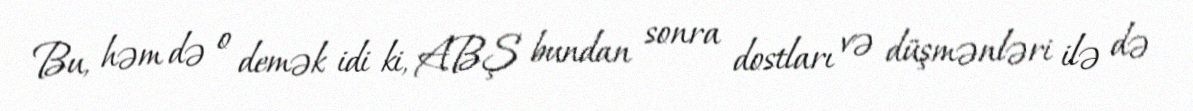
Bu, həm də o demək idi ki, ABŞ bundan sonra dostları və düşmənləri ilə də